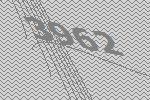
3962